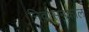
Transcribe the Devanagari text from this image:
निर्वासनकाल